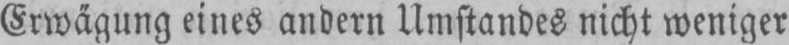
Erwägung eines andern Umstandes nicht weniger